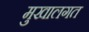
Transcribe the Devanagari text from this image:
मुखालगत